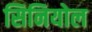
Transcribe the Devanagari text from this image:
सिनियोल